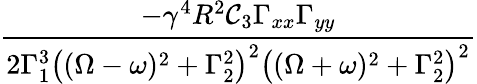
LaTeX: \frac{-\gamma^{4}R^{2}\mathcal C_{3}\Gamma_{xx}\Gamma_{yy}}{2\Gamma_{1}^{3}\left((\Omega-\omega)^{2}+\Gamma_{2}^{2}\right)^{2}\left((\Omega+\omega)^{2}+\Gamma_{2}^{2}\right)^{2}}